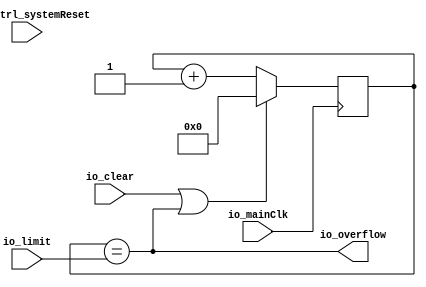
module Prescaler_2 (
      input   io_clear,
      input  [15:0] io_limit,
      output  io_overflow,
      input   io_mainClk,
      input   resetCtrl_systemReset);
  reg [15:0] counter;
  assign io_overflow = (counter == io_limit);
  always @ (posedge io_mainClk) begin
    counter <= (counter + (16'b0000000000000001));
    if((io_clear || io_overflow))begin
      counter <= (16'b0000000000000000);
    end
  end
endmodule